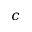
c